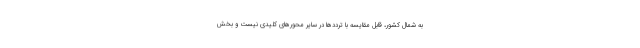
به شمال کشور، قابل مقایسه با ترددها در سایر محورهای کلیدی نیست و بخش